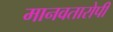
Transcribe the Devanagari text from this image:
मानवतारोपी